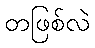
တဖြစ်လဲ